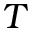
T